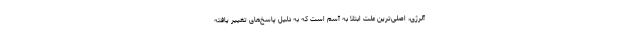
آلرژی، اصلی‌ترین علت ابتلا به آسم است که به دلیل پاسخ‌های تغییر یافته